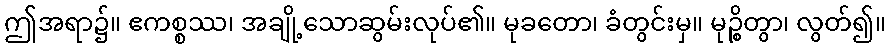
ဤအရာ၌။ ဧကစ္စဿ၊ အချို့သောဆွမ်းလုပ်၏။ မုခတော၊ ခံတွင်းမှ။ မုဉ္စိတွာ၊ လွတ်၍။